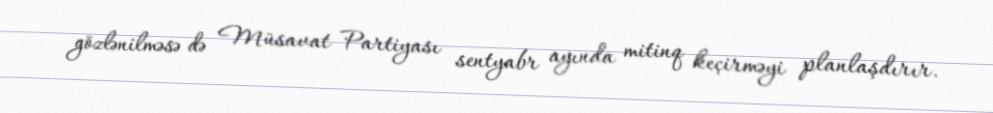
gözlənilməsə də Müsavat Partiyası sentyabr ayında mitinq keçirməyi planlaşdırır.